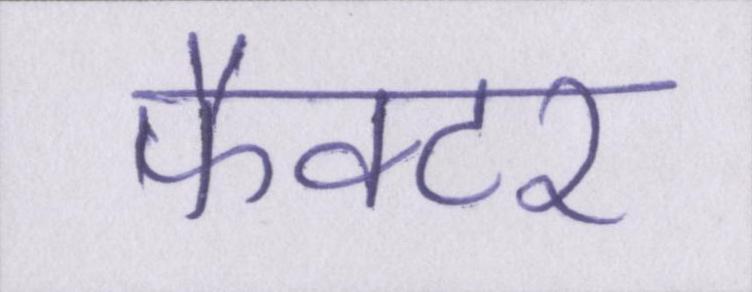
फैक्टर